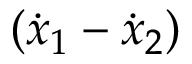
( { \dot { x } } _ { 1 } - { \dot { x } } _ { 2 } )